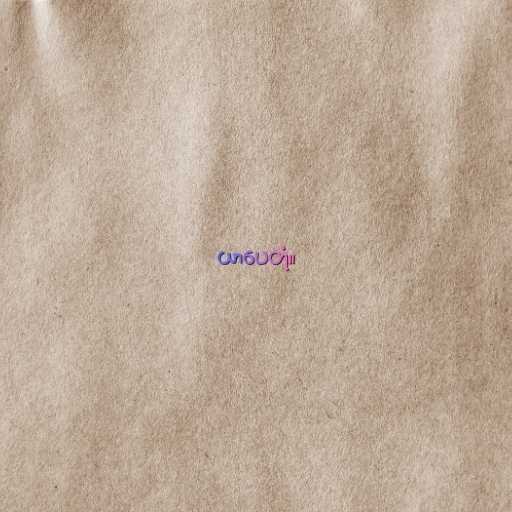
ယာပေတုံ။